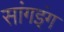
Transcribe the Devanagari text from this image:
सांगइंग